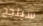
سينجح